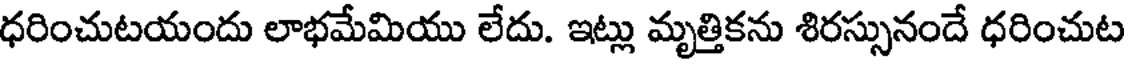
ధరించుటయందు లాభమేమియు లేదు. ఇట్లు మృత్తికను శిరస్సునందే ధరించుట